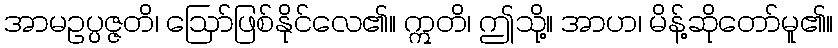
အာမဥပ္ပဇ္ဇတိ၊ ဩော်ဖြစ်နိုင်လေ၏။ ဣတိ၊ ဤသို့။ အာဟ၊ မိန့်ဆိုတော်မူ၏။